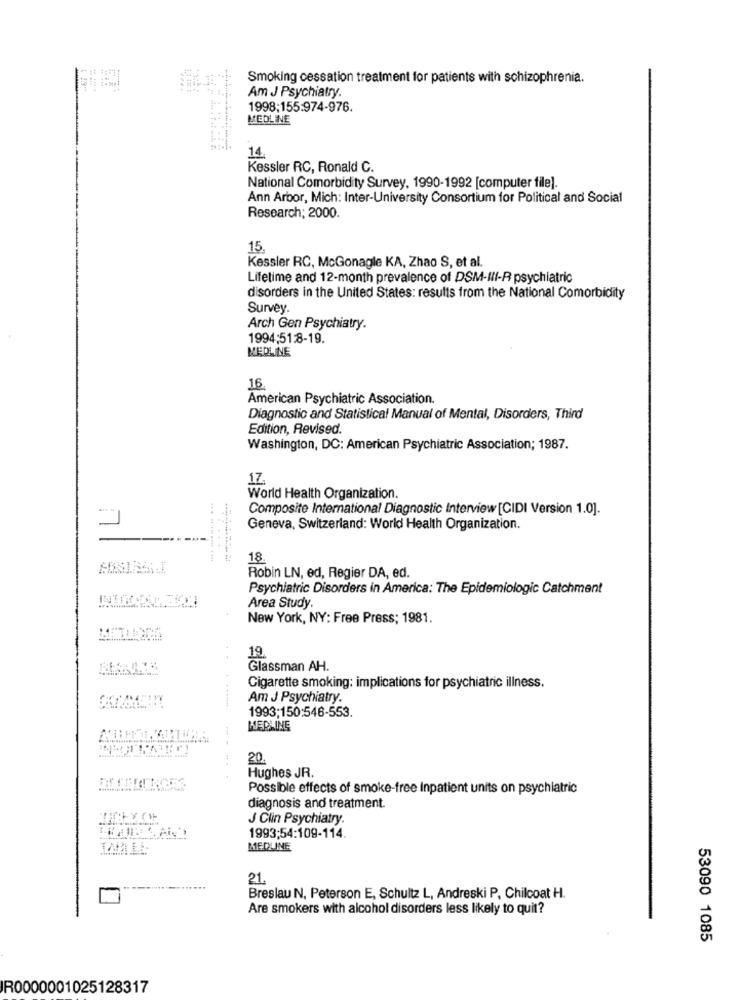
Smoking cessation treatment for patients with schizophrenia.
1.199
Am J Psychiatry.
1998:155:974-976.
MEDLINE
14
Kessler RC, Ronald C.
National Comorbidity Survey, 1990-1992 [computer file].
Ann Arbor, Mich: Inter-University Consortium for Political and Social
Research; 2000.
15.
Kessler RC, McGonagle KA, Zhao S, et al.
Lifetime and 12-month prevalence of DSM-III-R psychiatric
disorders in the United States: results from the National Comorbidity
Survey.
Arch Gen Psychiatry.
1994:51:8-19.
MEDLINE
16
American Psychiatric Association.
Diagnostic and Statistical Manual of Mental, Disorders, Third
Edition, Revised.
Washington, DC: American Psychiatric Association; 1987.
17.
World Health Organization.
Composite International Diagnostic Interview [CIDI Version 1.0].
Geneva, Switzerland: World Health Organization.
18
Robin LN, ed, Regier DA, ed.
Psychiatric Disorders in America: The Epidemiologic Catchment
Area Study.
New York, NY: Free Press; 1981.
19.
Glassman AH.
Cigarette smoking: implications for psychiatric illness.
Am J Psychiatry.
1993;150:546-553.
MEDLINE
20.
Hughes JR.
Possible effects of smoke-free Inpatient units on psychiatric
diagnosis and treatment.
J Clin Psychiatry.
1993;54:109-114.
MEDLINE
21.
Breslau N, Peterson E, Schultz L, Andreski P, Chilcoat H.
Are smokers with alcohol disorders less likely to quit?
53090 1085
R0000001025128317